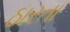
ઠારતા